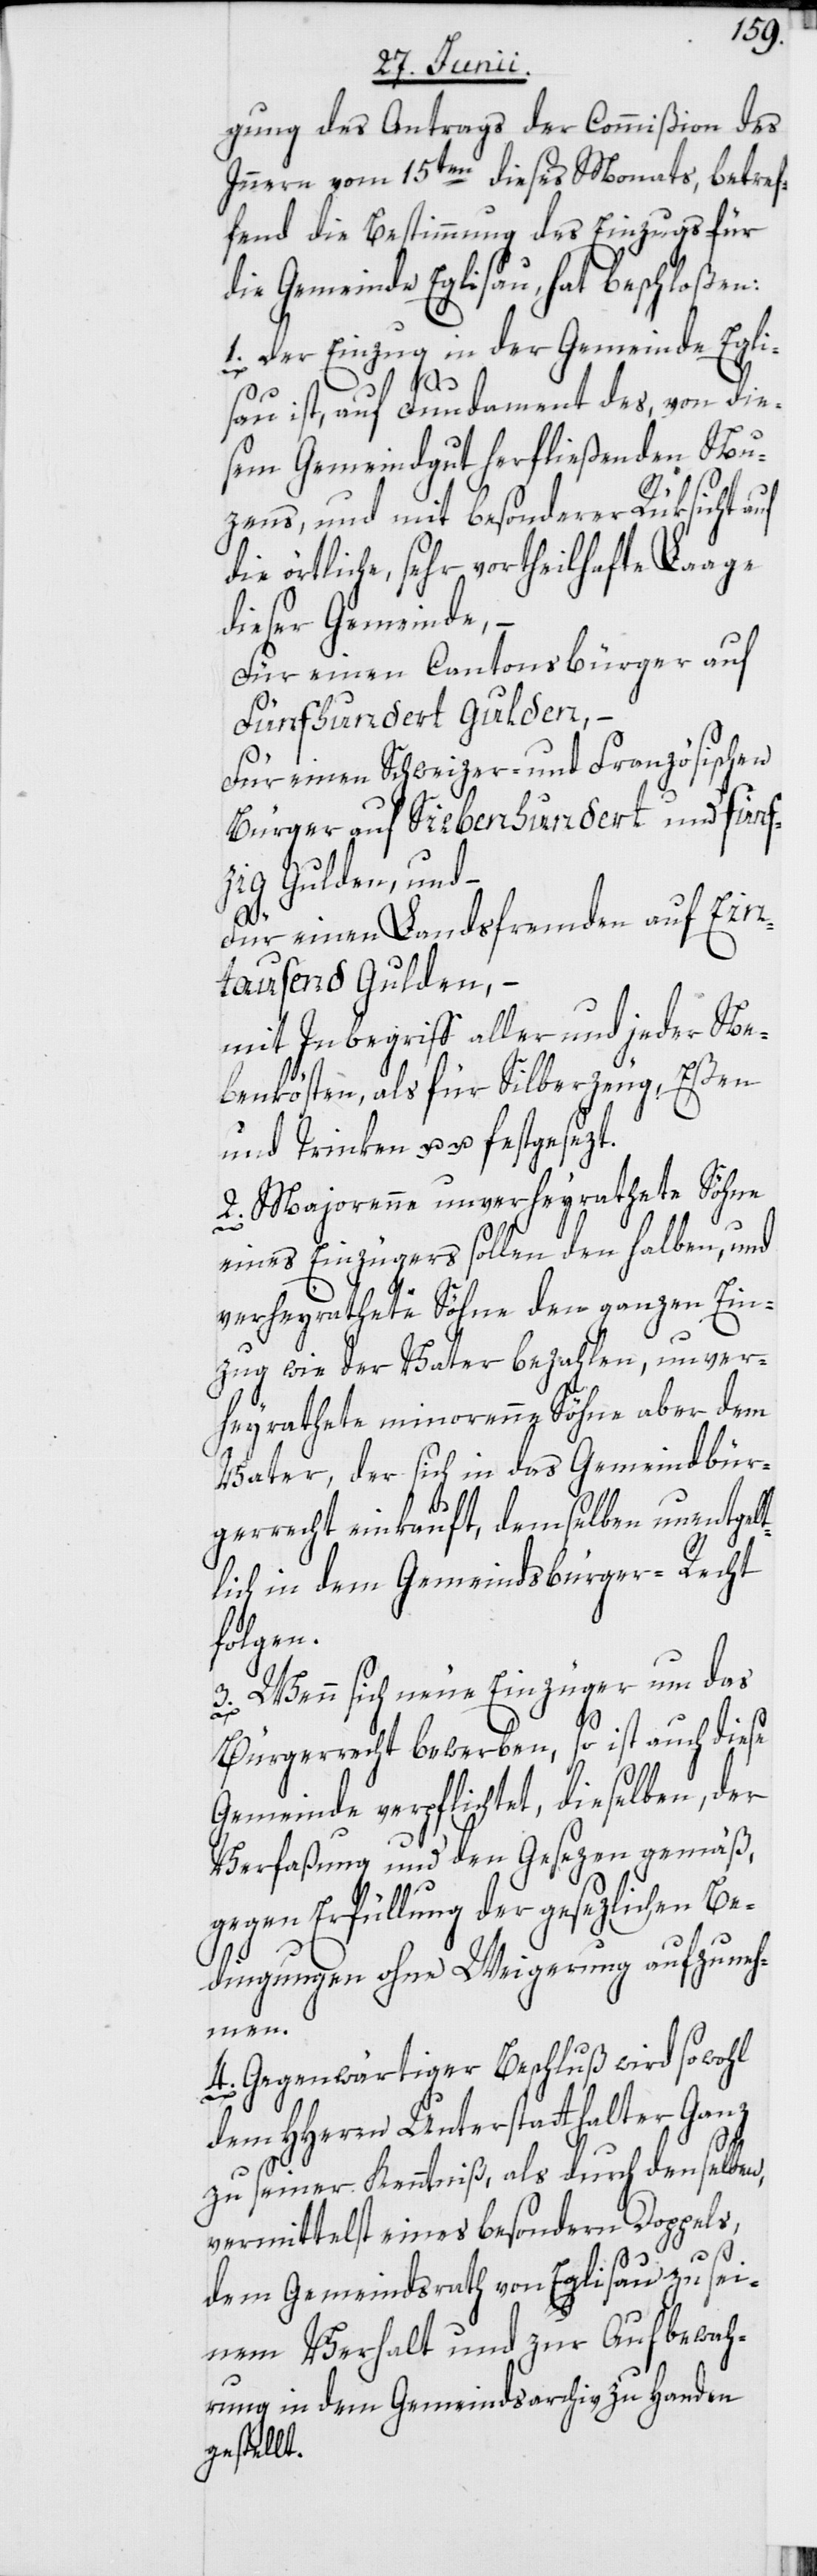
gung des Antrags der Commißion des
Innern vom 15ten dieses Monats, betref¬
fend die Bestimmung des Einzugs für
die Gemeinde Eglisau, hat beschloßen:
1. Der Einzug in der Gemeinde Egli¬
sau ist, auf Fundament des, von die¬
sem Gemeindgut herfließenden Nu¬
zens, und mit besonderer Rüksicht auf
die örtliche, sehr vortheilhafte Laage
dieser Gemeinde,
Für einen Cantonsbürger auf
Fünfhundert Gulden,
Für einen Schweizer- und Französischen
Bürger auf Siebenhundert und fünf¬
zig Gulden, und –
Für einen Landsfremden auf Ein¬
tausend Gulden, –
mit Inbegriff aller und jeder Ne¬
benkösten, als für Silberzeug, Eßen
und Trinken u. u. festgesezt.
2. Majorenne unverheyrathete Söhne
eines Einzügers sollen den halben, und
verheyrathete Söhne den ganzen Ein¬
zug wie der Vater bezahlen, unver¬
heyrathete minorenne Söhne aber dem
Vater, der sich in das Gemeindsbür¬
gerrecht einkauft, demselben unentgelt¬
lich in dem Gemeindsbürger-Recht
folgen.
3. Wenn sich neue Einzüger um das
Bürgerrecht bewerben, so ist auch diese
Gemeinde verpflichtet, dieselben, der
Verfaßung und den Gesezen gemäß,
gegen Erfüllung der gesezlichen Be¬
dingungen ohne Weigerung aufzuneh¬
men.
4. Gegenwärtiger Beschluß wird sowohl
dem HHerrn Unterstatthalter Ganz
zu seiner Kenntniß, als durch denselben,
vermittelst eines besondern Doppels,
dem Gemeindrath von Eglisau zu sei¬
nem Verhalt und zur Aufbewah¬
rung in dem Gemeindsarchiv zu Handen
gestellt.